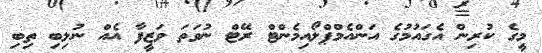
މީގެ ކުރިން އެގައުމުގެ އަންއެމްޕްލޯއިމެންޓް ރޭޓް ނުވަތަ ވަޒީފާ އެއް ނުލިބި ތިބި